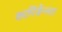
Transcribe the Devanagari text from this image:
कार्पिसैन्लार